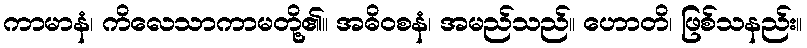
ကာမာနံ၊ ကိလေသာကာမတို့၏။ အဓိဝစနံ၊ အမည်သည်။ ဟောတိ၊ ဖြစ်သနည်း။